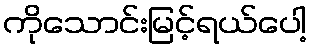
ကိုသောင်းမြင့်ရယ်ပေါ့